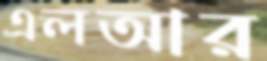
এলআর